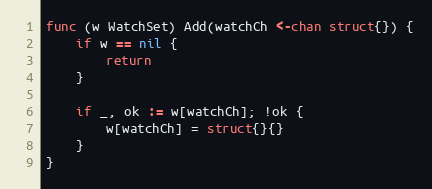
Language: Go
func (w WatchSet) Add(watchCh <-chan struct{}) {
	if w == nil {
		return
	}

	if _, ok := w[watchCh]; !ok {
		w[watchCh] = struct{}{}
	}
}